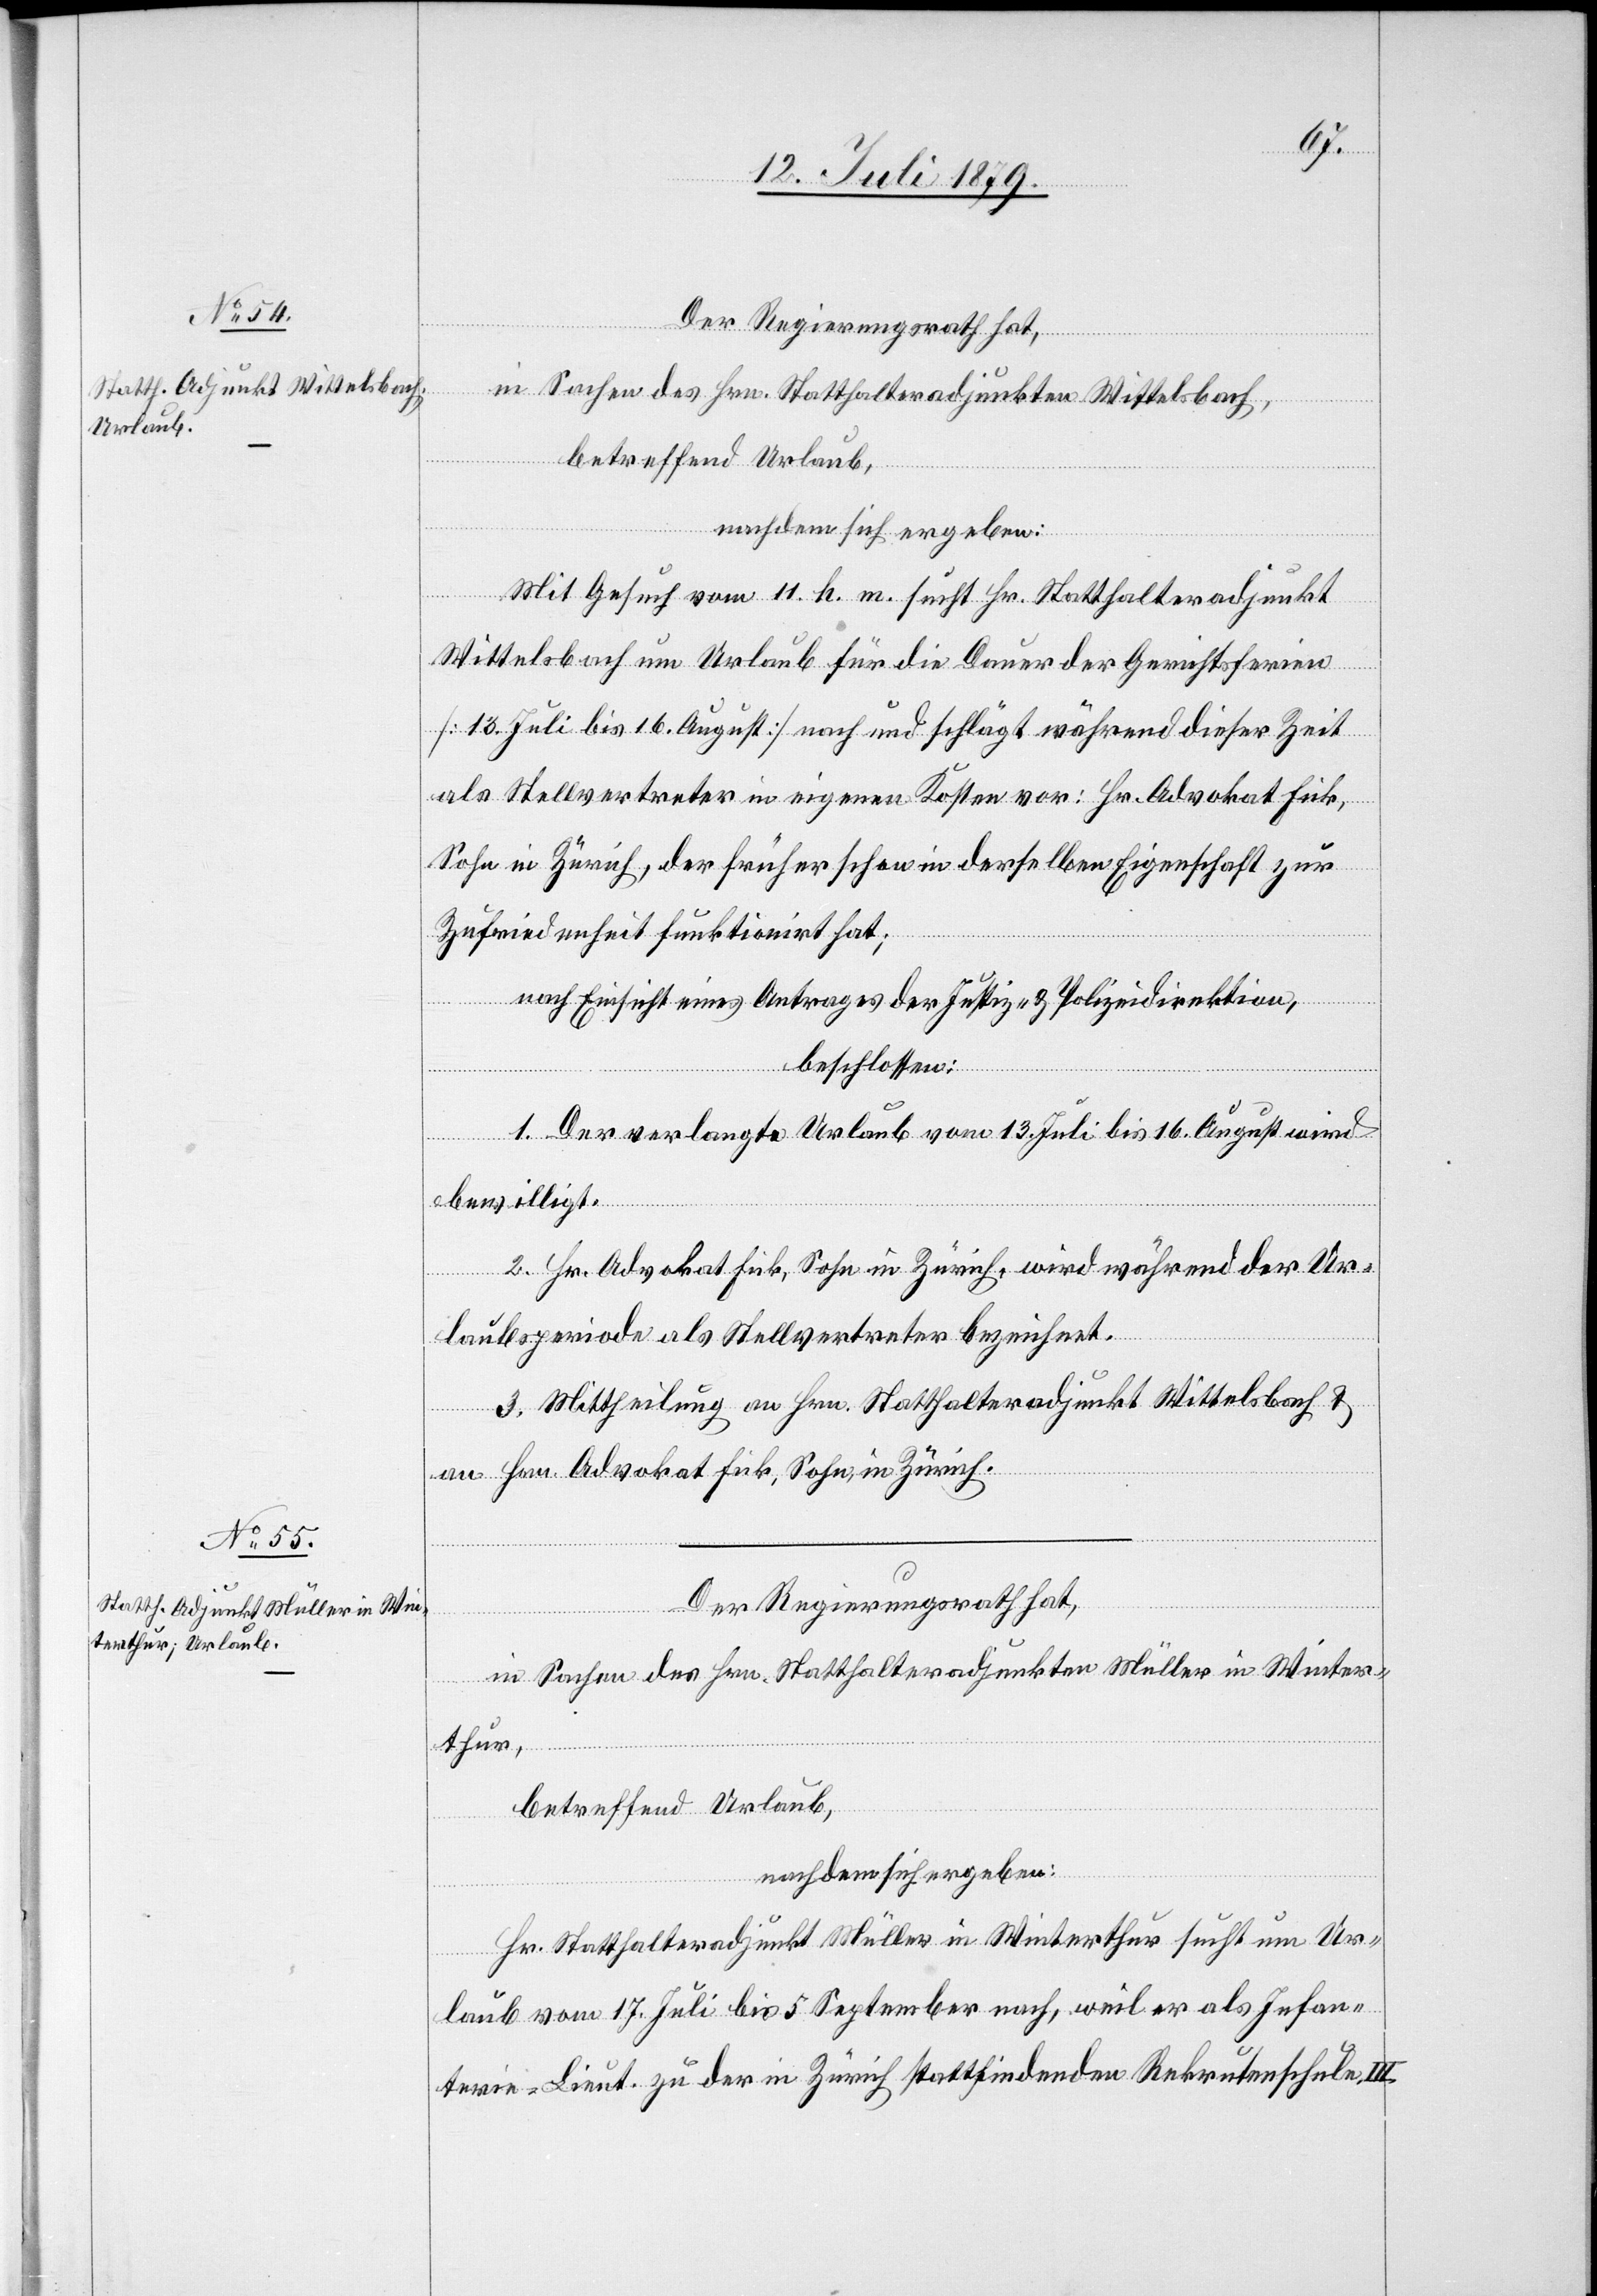
Der Regierungsrath hat,
in Sachen des Hrn. Statthalteradjunkten Wittelsbach,
betreffend Urlaub,
nachdem sich ergeben:
Mit Gesuch vom 11. h. m. sucht Hr. Statthalteradjunkt
Wittelsbach um Urlaub für die Dauer der Gerichtsferien
[13. Juli bis 16. August] nach und schlägt während dieser Zeit
als Stellvertreter in eigenen Kosten vor: Hr. Advokat Fick,
Sohn in Zürich, der früher schon in derselben Eigenschaft zur
Zufriedenheit funktionirt hat;
nach Einsicht eines Antrages der Justiz- & Polizeidirektion,
beschlossen:
1. Der verlangte Urlaub vom 13. Juli bis 16. August wird
bewilligt.
2. Hr. Advokat Fick, Sohn in Zürich, wird während der Ur¬
laubsperiode als Stellvertreter bezeichnet.
3. Mittheilung an Hrn. Statthalteradjunkt Wittelsbach &
an Hrn. Advokat Fick, Sohn, in Zürich.
Der Regierungsrath hat,
in Sachen des Hrn. Statthalteradjunkten Müller in Winter¬
thur,
betreffend Urlaub,
Hr. Statthalteradjunkt Müller in Winterthur sucht um Ur¬
laub vom 17. Juli bis 5. September nach, weil er als Infan¬
terie-Lieut. zu der in Zürich stattfindenden Rekrutenschule III